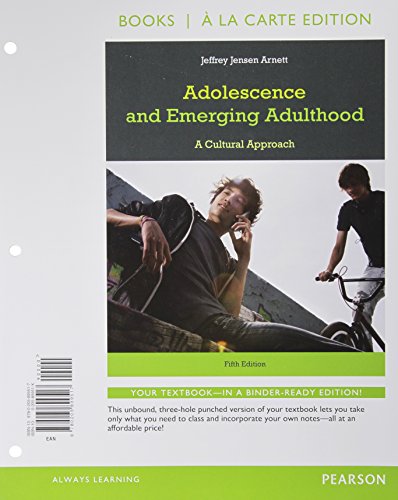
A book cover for Adolescence and Emerging Adulthood, Books a la Carte Edition (5th Edition); Jeffrey J. Arnett; Health, Fitness & Dieting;